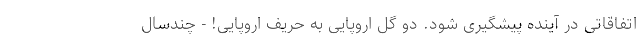
اتفاقاتی در آینده پیشگیری شود. دو گل اروپایی به حریف اروپایی! - چندسال